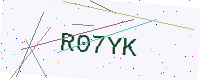
Text: R07YK